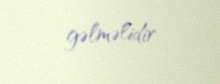
gəlməlidir.